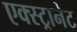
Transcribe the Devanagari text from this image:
एक्स्ट्रानेट